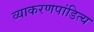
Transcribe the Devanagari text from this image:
व्याकरणपांडित्य